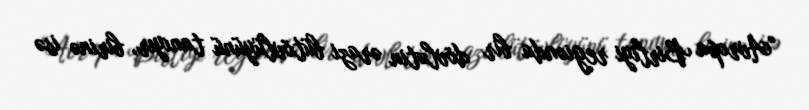
“Avropa Birliyi regionda bir dövlətin ərazi bütövlüyünü tanıyır, birinə isə